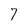
Character: 7